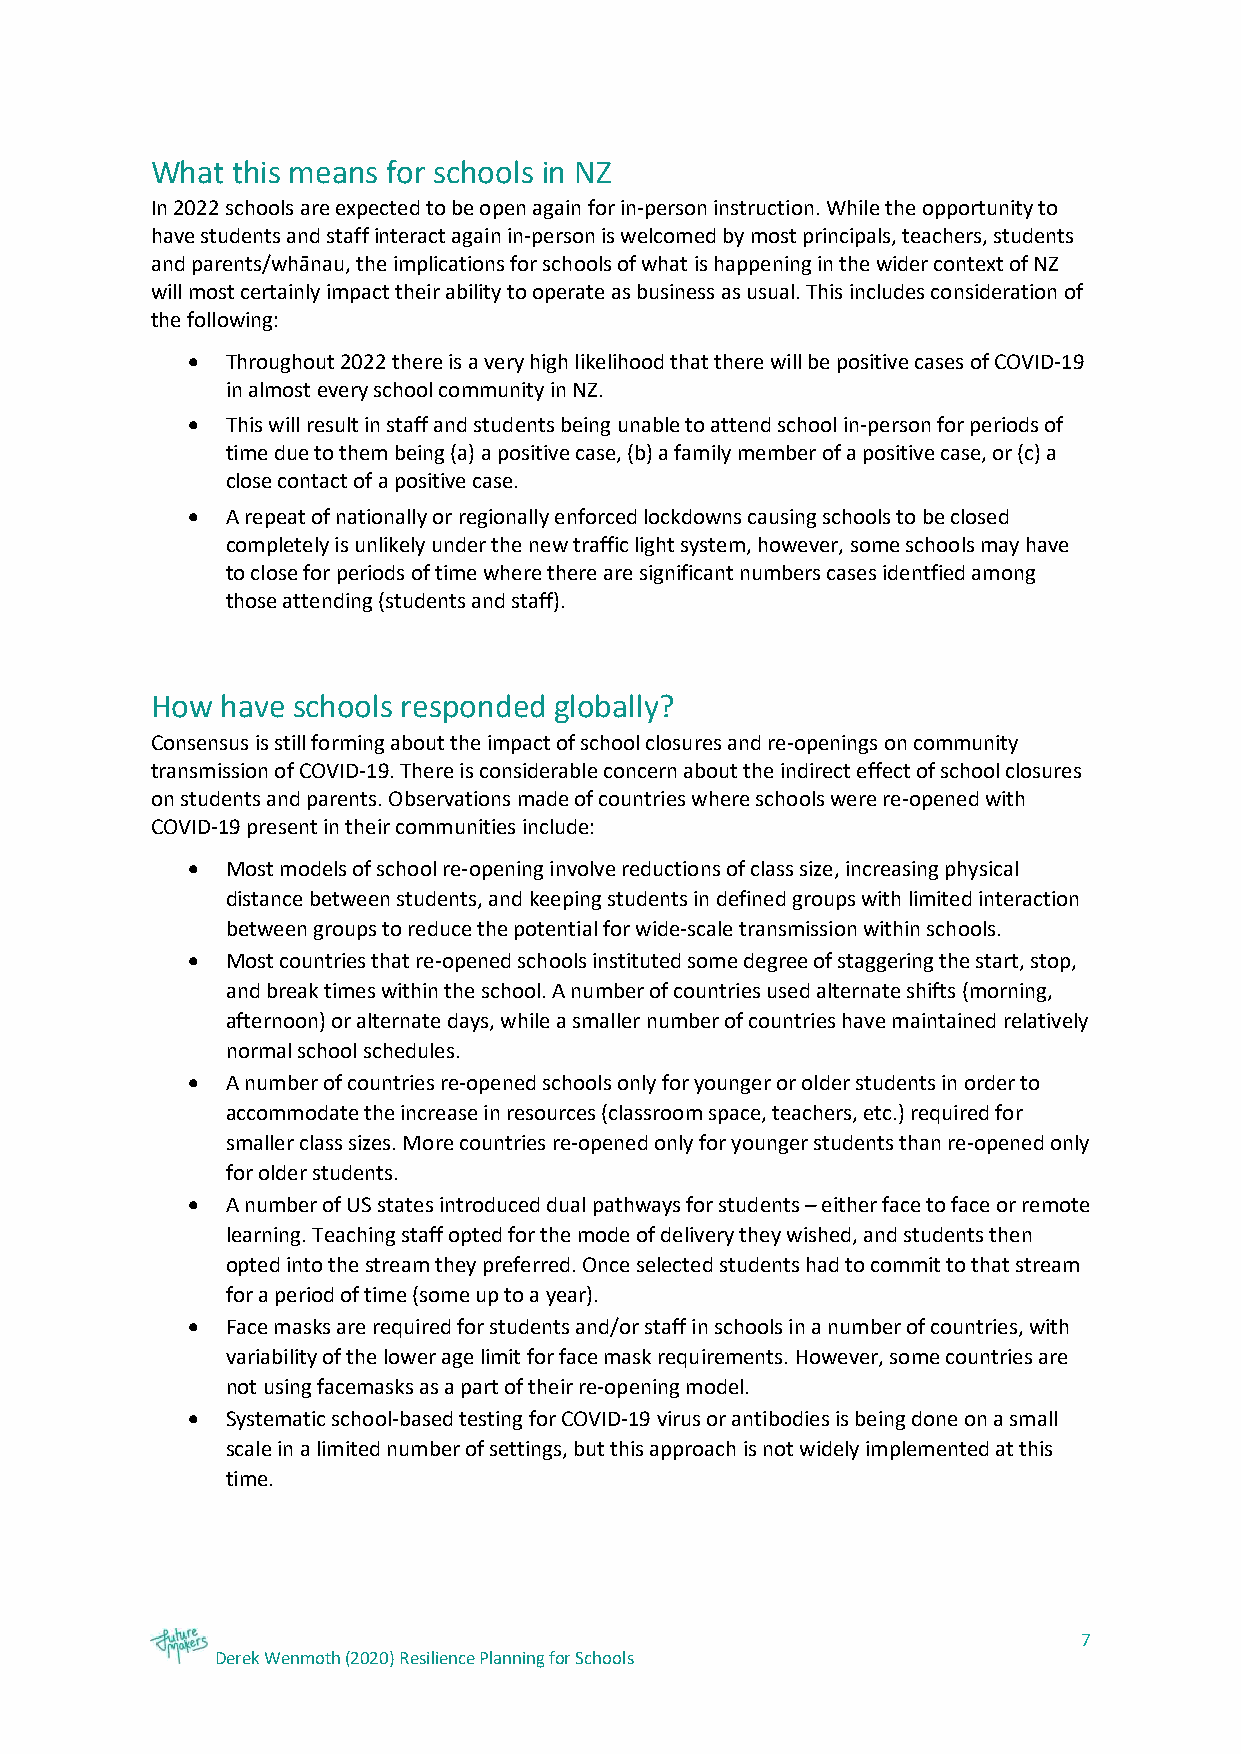
What this means for schools in NZ
 In 2022 schools are expected to be open again for in-person instruction. While the opportunity to
 have students and staff interact again in-person is welcomed by most principals, teachers, students
 and parents/whānau, the implications for schools of what is happening in the wider context of NZ
 will most certainly impact their ability to operate as business as usual. This includes consideration of
 the following:
 •  Throughout 2022 there is a very high likelihood that there will be positive cases of COVID-19
 in almost every school community in NZ.
 •  This will result in staff and students being unable to attend school in-person for periods of
 time due to them being (a) a positive case, (b) a family member of a positive case, or (c) a
 close contact of a positive case.
 •  A repeat of nationally or regionally enforced lockdowns causing schools to be closed
 completely is unlikely under the new traffic light system, however, some schools may have
 to close for periods of time where there are significant numbers cases identfied among
 those attending (students and staff).
 How  have schools responded globally?
 Consensus is still forming about the impact of school closures and re-openings on community
 transmission of COVID-19. There is considerable concern about the indirect effect of school closures
 on students and parents. Observations made of countries where schools were re-opened with
 COVID-19 present in their communities include:
 •  Most models of school re-opening involve reductions of class size, increasing physical
 distance between students, and keeping students in defined groups with limited interaction
 between groups to reduce the potential for wide-scale transmission within schools.
 •  Most countries that re-opened schools instituted some degree of staggering the start, stop,
 and break times within the school. A number of countries used alternate shifts (morning,
 afternoon) or alternate days, while a smaller number of countries have maintained relatively
 normal school schedules.
 •  A number of countries re-opened schools only for younger or older students in order to
 accommodate the increase in resources (classroom space, teachers, etc.) required for
 smaller class sizes. More countries re-opened only for younger students than re-opened only
 for older students.
 •  A number of US states introduced dual pathways for students – either face to face or remote
 learning. Teaching staff opted for the mode of delivery they wished, and students then
 opted into the stream they preferred. Once selected students had to commit to that stream
 for a period of time (some up to a year).
 •  Face masks are required for students and/or staff in schools in a number of countries, with
 variability of the lower age limit for face mask requirements. However, some countries are
 not using facemasks as a part of their re-opening model.
 •  Systematic school-based testing for COVID-19 virus or antibodies is being done on a small
 scale in a limited number of settings, but this approach is not widely implemented at this
 time.
 7
 Derek Wenmoth (2020) Resilience Planning for Schools